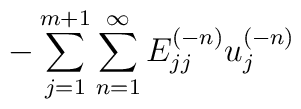
{-\sum_{j=1}^{m+1}\sum_{n=1}^{\infty} E^{(-n)}_{jj}u^{(-n)}_j}